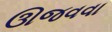
ઊજવવા